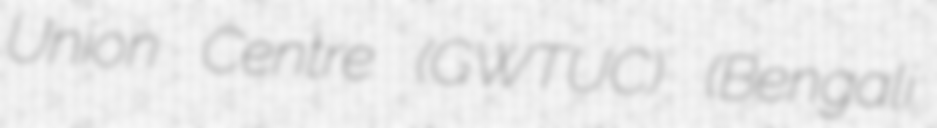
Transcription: Union Centre (GWTUC) (Bengali: